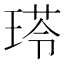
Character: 𤧍